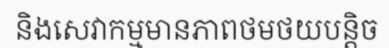
និងសេវាកម្មមានភាពថមថយបន្តិច